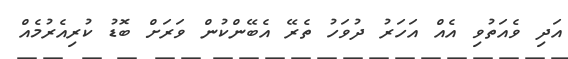
އަދި ވެއަތުވި އެއް އަހަރު ދުވަހު ތެރޭ އެބޭންކުން ވަރަށް ބޮޑު ކުރިއެރުމެއް